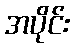
အပိုင်း